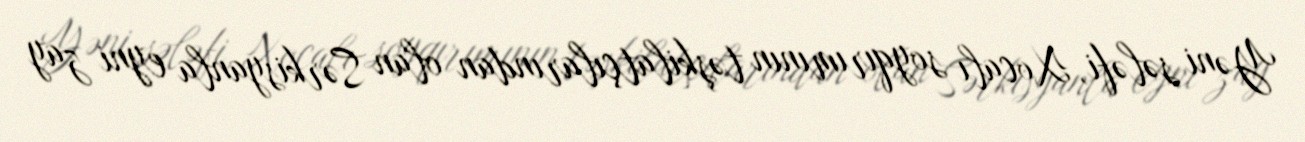
Yəni sələfi, Xocalı soyqırımının təşkilatçılarından olan Sərkisyanla eyni zay